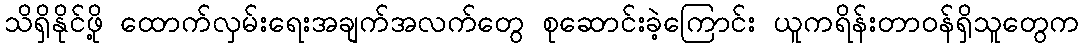
သိရှိနိုင်ဖို့ ထောက်လှမ်းရေးအချက်အလက်တွေ စုဆောင်းခဲ့ကြောင်း ယူကရိန်းတာဝန်ရှိသူတွေက